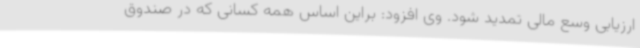
ارزیابی وسع مالی تمدید شود. وی افزود: براین اساس همه کسانی که در صندوق